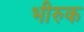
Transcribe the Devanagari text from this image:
भीरुक